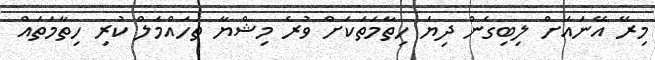
މިރޭ އޭނައަށް ލިބިގެން ދިޔަ ހިތާމަތަކަށް ވުރެ މިޝްޔާ ތަހައްމަލް ކުރި ހިތާމަތައް